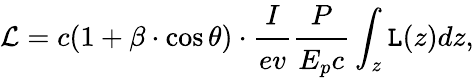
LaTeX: \mathcal{L}=c(1+\beta\cdot\cos\theta)\cdot\cfrac{I}{ev}\cfrac{P}{E_{p}c}\int_{z}\texttt{L}(z)dz,